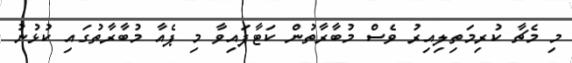
މި މެޗާ ކުރިމަތިލިއިރު ވެސް މުބާރާތުން ކަޓާފައިވާ މި ޕެއާ މުބާރާތުގައި ކުޅުނު